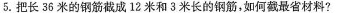
5.把长36米的钢筋截成12米和3米长的钢筋，如何截最省材料?